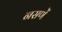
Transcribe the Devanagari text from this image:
नसणें